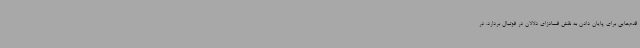
قدم‌هایی برای پایان دادن به نقش فسادزای دلالان در فوتبال بردارد. در